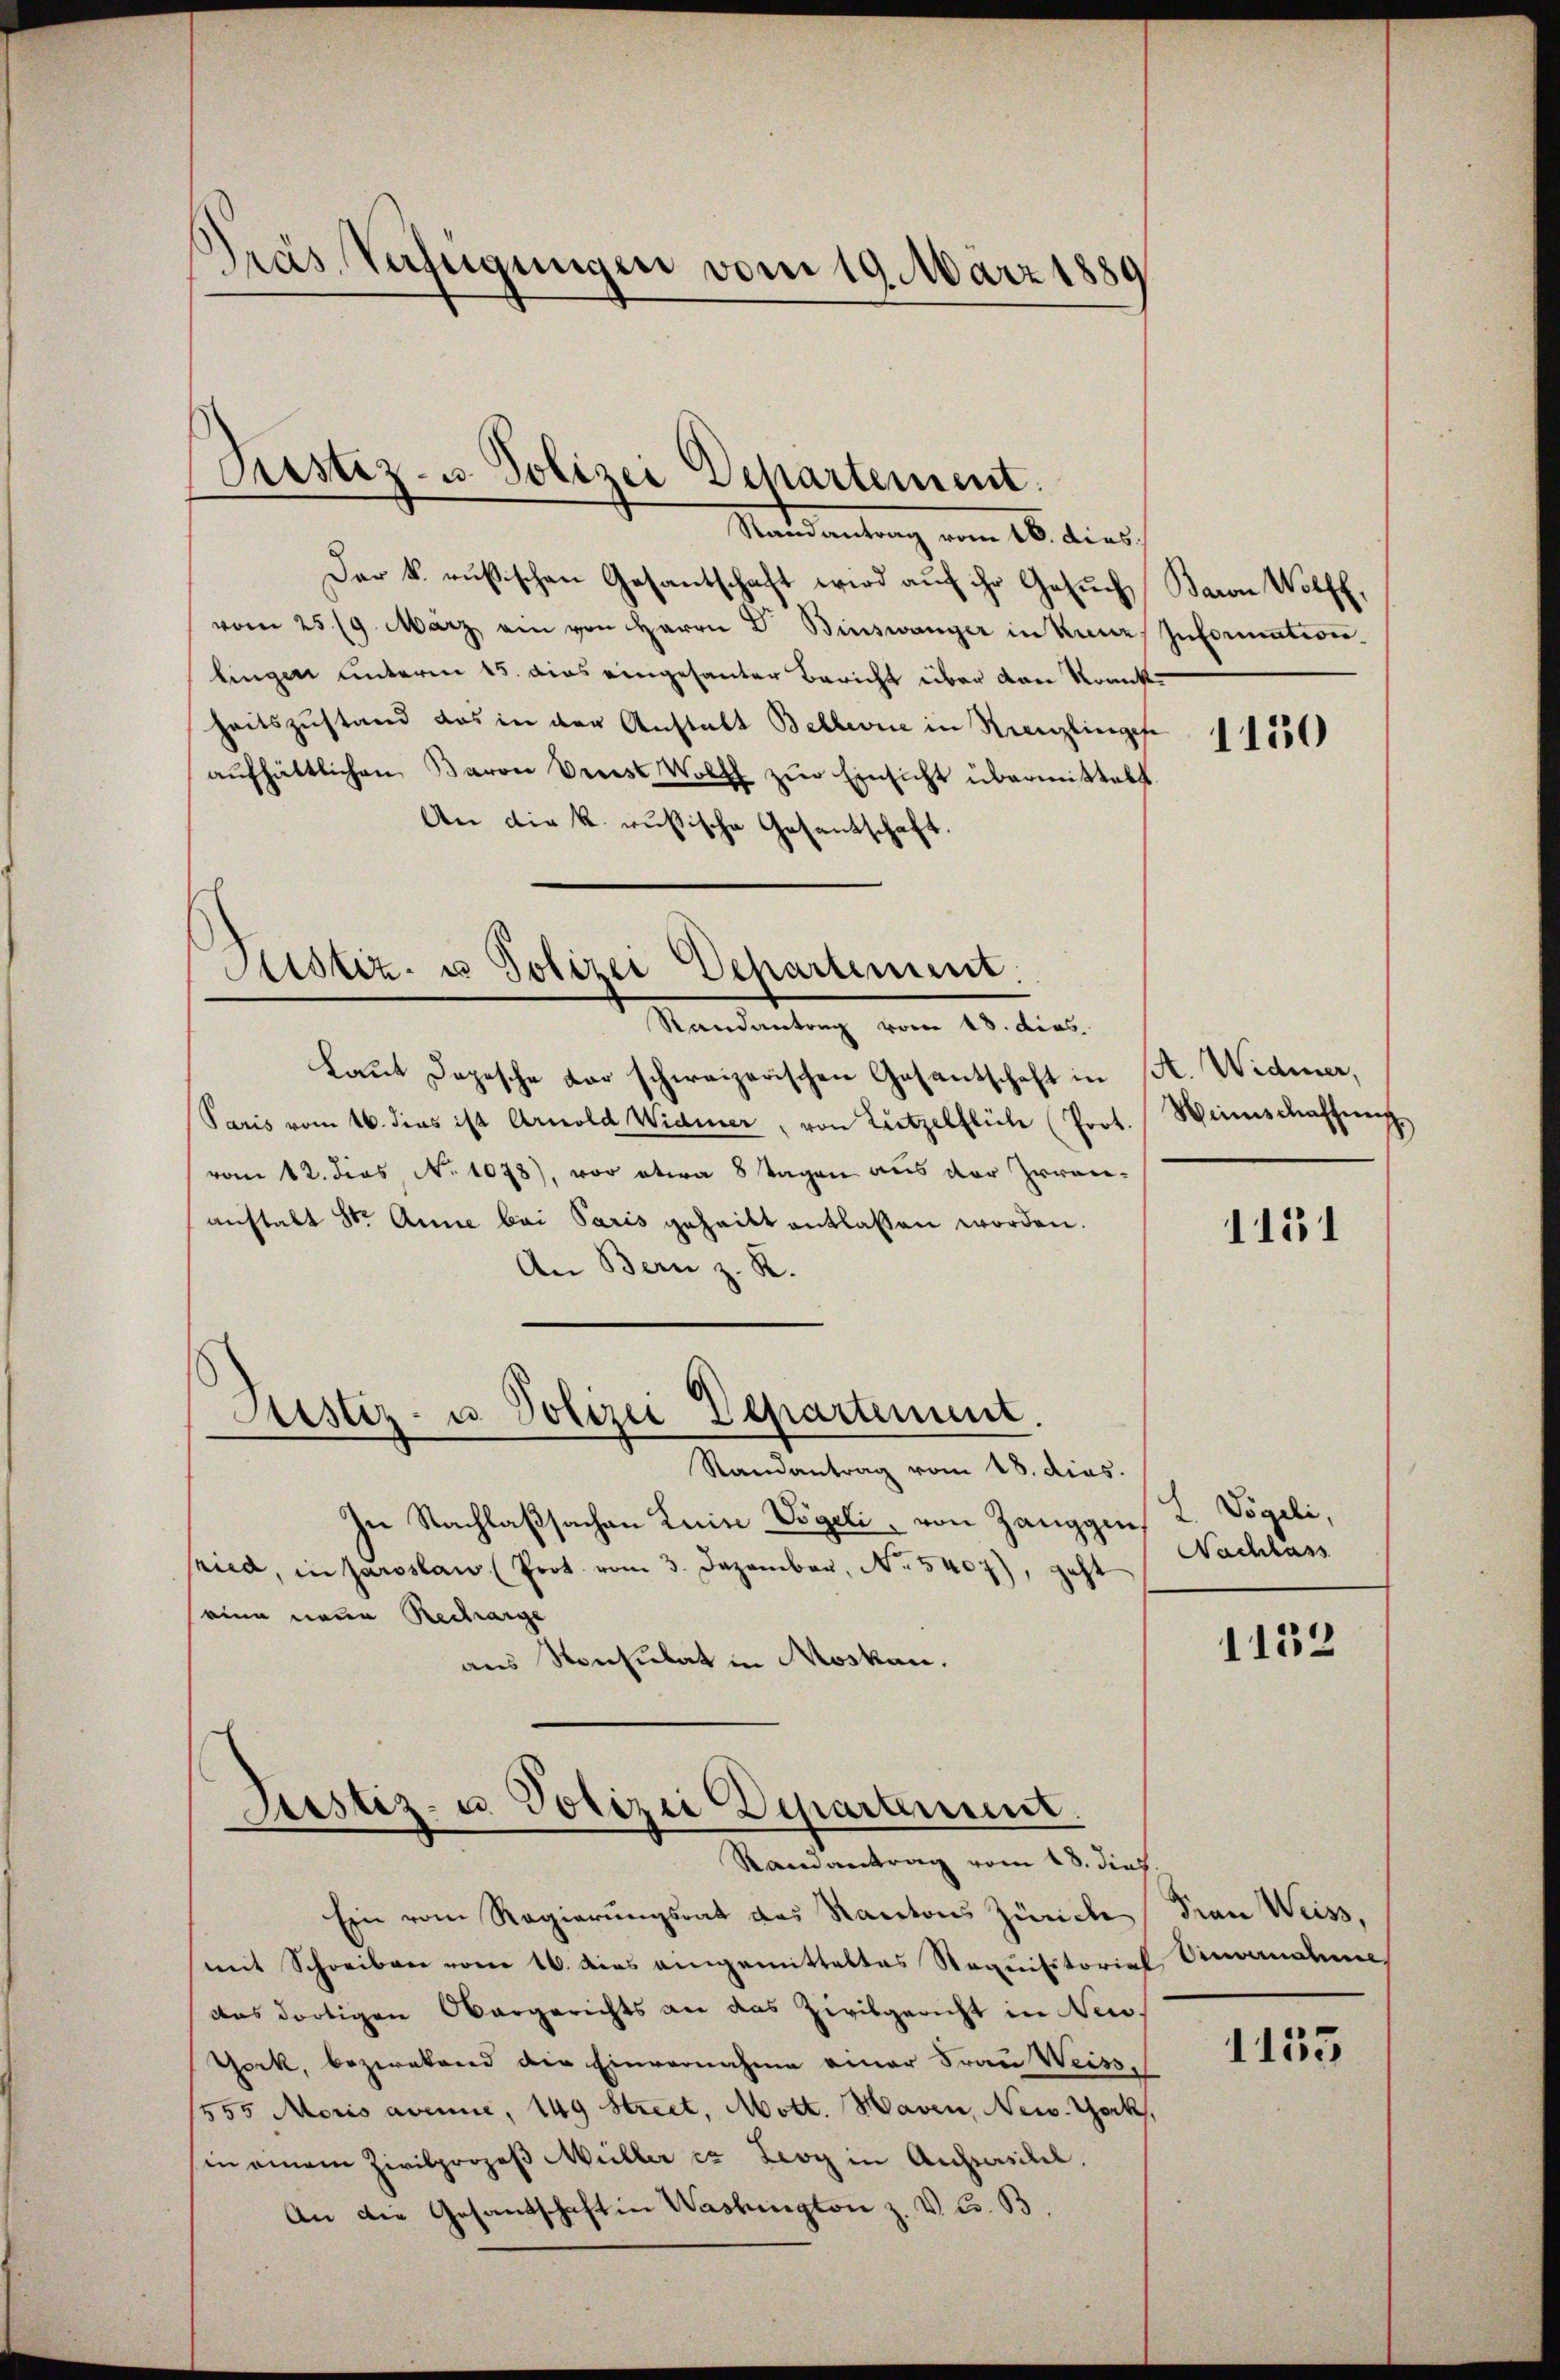
Gras Verfügungen vom 19. März 1889

Rustiz- u. Polizei Departement.

Randantrag vom 16. dies
Der k. russischen Gesantschaft wird auf ihr Gesuch, Baron Wolff,
vom 25. 19. März ein von Herrn Dr. Binswanger in keine
lingen unterm 15. dies eingesanter Bericht über dann Krank
heitszustand das in der Anstalt Bellevue in Kreuzlingese
aŭfhältlichen Baron Preiss Wolff zŭr Einsicht übermittelt.
An die k. russische Gesantschaft
Randantrag vom 18. dies
Laut Depesche der schweizerischen Gasantschaft in st. Widmer,
Paris vom 16. dies ist Arnold Widmer, von Lützelflich (Prot
vom 12. dies No 1078), vor etwa 8 Tagen aus der Irren-
anstalt St. Anne bei Paris geheilt entlassen worden.
An Bern z. R.
Justiz- u. Polizei Departement.
Randantrag vom 18. dies.
In Nachlaßsachen Leine Vögeli, von Zangges L. Vögeli,
kied, in Paroslaw (Prot. vom 3. Dezember, No 5407), geht
eine neue Recharge
aus Konsulat in Moskau.

Sistiz- u Polizei Departement.

Justiz- u. Polizei Departement.
Randantrag vom 18. dies

Ein vom Regierungsrat das Kantons Zürich Frau Weiss,
mit Schreiben vom 16. dies eingemitteltes Requisitorial Vinnahme
das dortigen Obergerichts an das Zivilgericht in Neu¬
York, bezwekend die Einvernahme einer Frau Weiss,
1555 Moris avenie, 149 Street, Mott. Haven, New York,
in einem Zivilprozeß Müller er Leoy in Aufsasikel.
An die Gesandschaft in Washington z. V. Co. B

Information

1150

Weinschaffung

1151

Nachlass

1132

1155